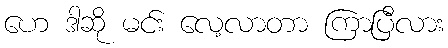
ဟေ ဒါဆို မင်း လေ့လာတာ ကြာပြီလား